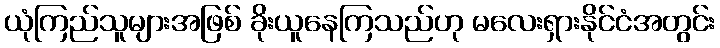
ယုံကြည်သူများအဖြစ် ခိုးယူနေကြသည်ဟု မလေးရှားနိုင်ငံအတွင်း